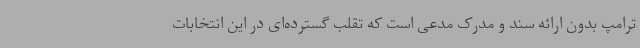
ترامپ بدون ارائه سند و مدرک مدعی است که تقلب گسترده‌ای در این انتخابات